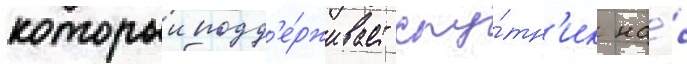
которыи подд'е́рживает спу́тн'ик на́